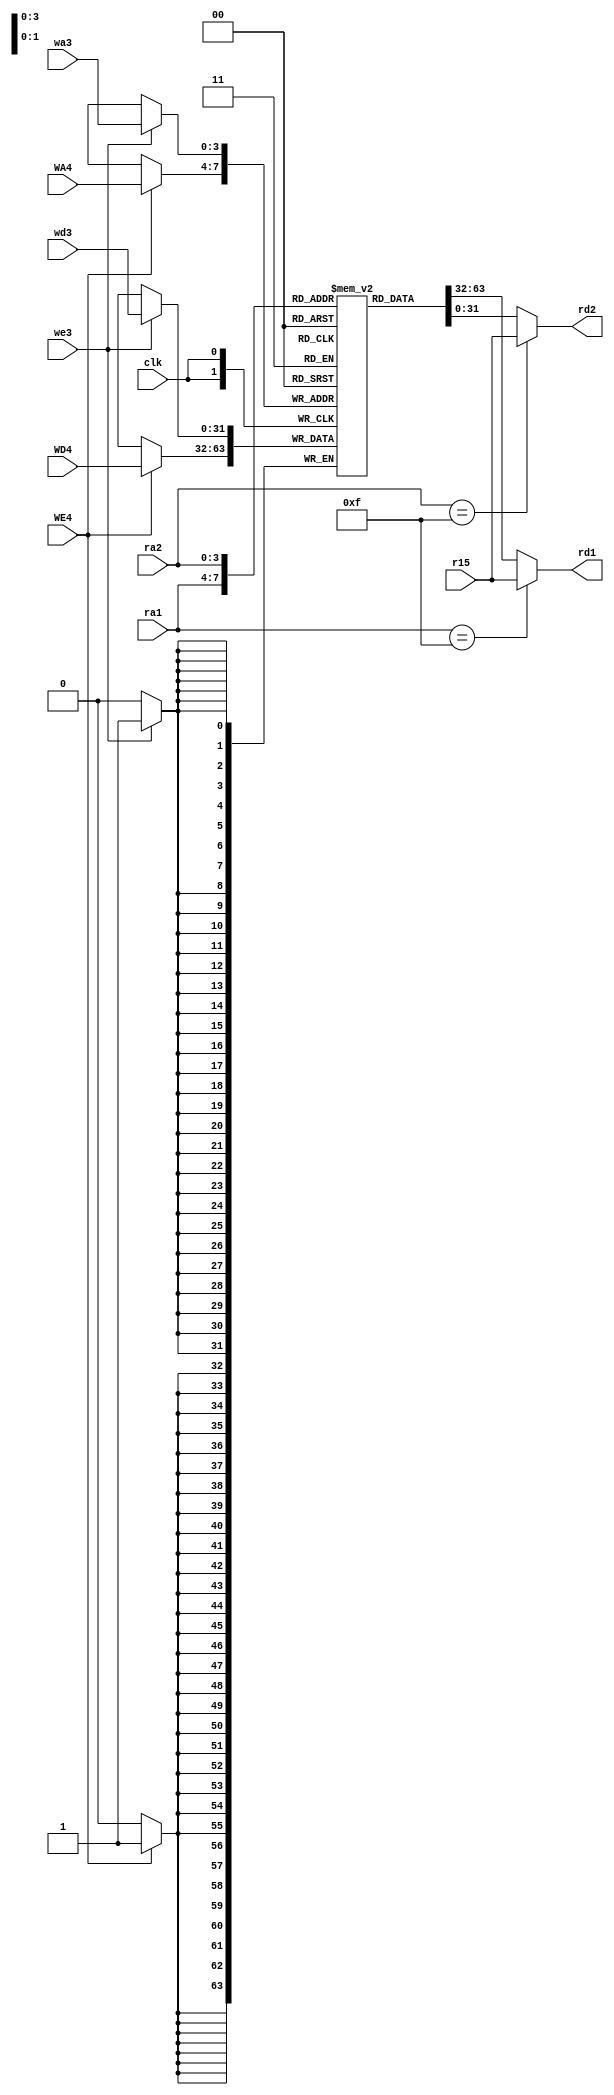
module regfile (
	clk,
	we3,
	ra1,
	ra2,
	wa3,
	wd3,
	r15,
	rd1,
	rd2,
	WE4,
	WD4,
	WA4
);
	input wire clk;
	input wire we3;
	input wire [3:0] ra1;
	input wire [3:0] ra2;
	input wire [3:0] wa3;
	input wire [31:0] wd3;
	input wire [31:0] r15;
	output wire [31:0] rd1;
	output wire [31:0] rd2;

	input wire WE4; //nuevo
	input wire [31:0] WD4; //nuevo
	input wire [3:0] WA4;

	reg [31:0] rf [14:0];
	always @(posedge clk) begin
		if (we3) begin
			rf[wa3] <= wd3;
			end 
		if (WE4)
			begin
			rf[WA4] <= WD4;   //NUEVO
			end
	end
	assign rd1 = (ra1 == 4'b1111 ? r15 : rf[ra1]);
	assign rd2 = (ra2 == 4'b1111 ? r15 : rf[ra2]);
endmodule